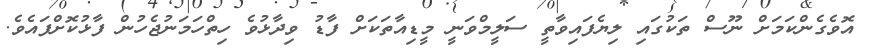
އޮވެގެންކަމަށް ނޫސް ތަކުގައި ލިޔެފައިވާތީ ސަލީމްވަނީ މީޑިއާތަކަށް ފާޑު ވިދާޅުވެ ހިތްހަމަނުޖެހުން ފާޅުކޮށްފައެވެ.